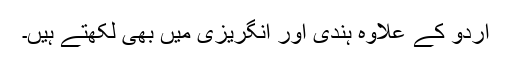
اردو کے علاوہ ہندی اور انگریزی میں بھی لکھتے ہیں۔